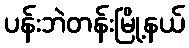
ပန်းဘဲတန်းမြို့နယ်